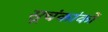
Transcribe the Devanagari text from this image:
सूचंकांकों